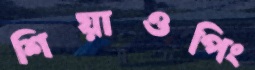
শিয়াওপিং